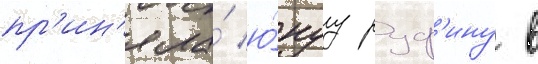
пр'ин'яла́ ю́нуу руф'ину в